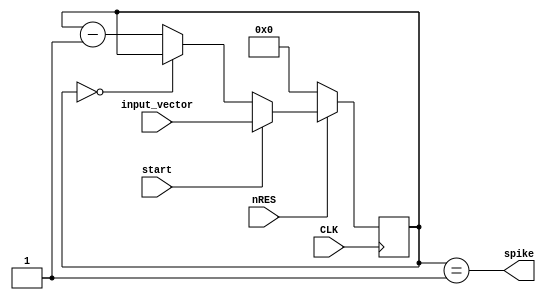
module dtt #(
    parameter DTT_WIDTH = 5
)(
    input wire CLK,
    input wire nRES,
    input wire [DTT_WIDTH-1:0] input_vector,
    input wire start,
    output wire spike
);

reg [DTT_WIDTH-1:0] state;

always @(posedge CLK) begin
    if (!nRES) begin
        state <= '0;
    end
    else if (start) begin
        state <= input_vector;
    end
    else if (state == 0)
        state <= state;
    else begin
        state <= state - 1;
    end
end

assign spike = (state == 1);

endmodule